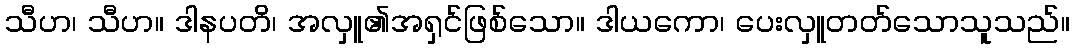
သီဟ၊ သီဟ။ ဒါနပတိ၊ အလှူ၏အရှင်ဖြစ်သော။ ဒါယကော၊ ပေးလှူတတ်သောသူသည်။